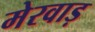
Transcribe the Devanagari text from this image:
मेरवाड़